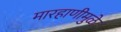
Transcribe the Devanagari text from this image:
मारहाणीमुळे